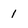
Character: 1